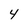
Character: 4